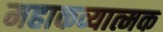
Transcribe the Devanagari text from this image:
महाकव्यात्मक